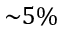
{ \sim } 5 \%